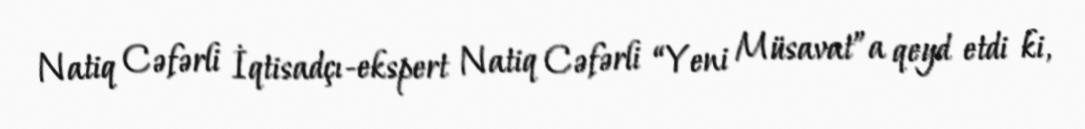
Natiq Cəfərli İqtisadçı-ekspert Natiq Cəfərli “Yeni Müsavat”a qeyd etdi ki,